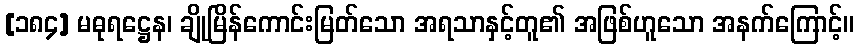
[၁၈၄] မဓုရဋ္ဌေန၊ ချိုမြိန်ကောင်းမြတ်သော အရသာနှင့်တူ၏ အဖြစ်ဟူသော အနက်ကြောင့်။